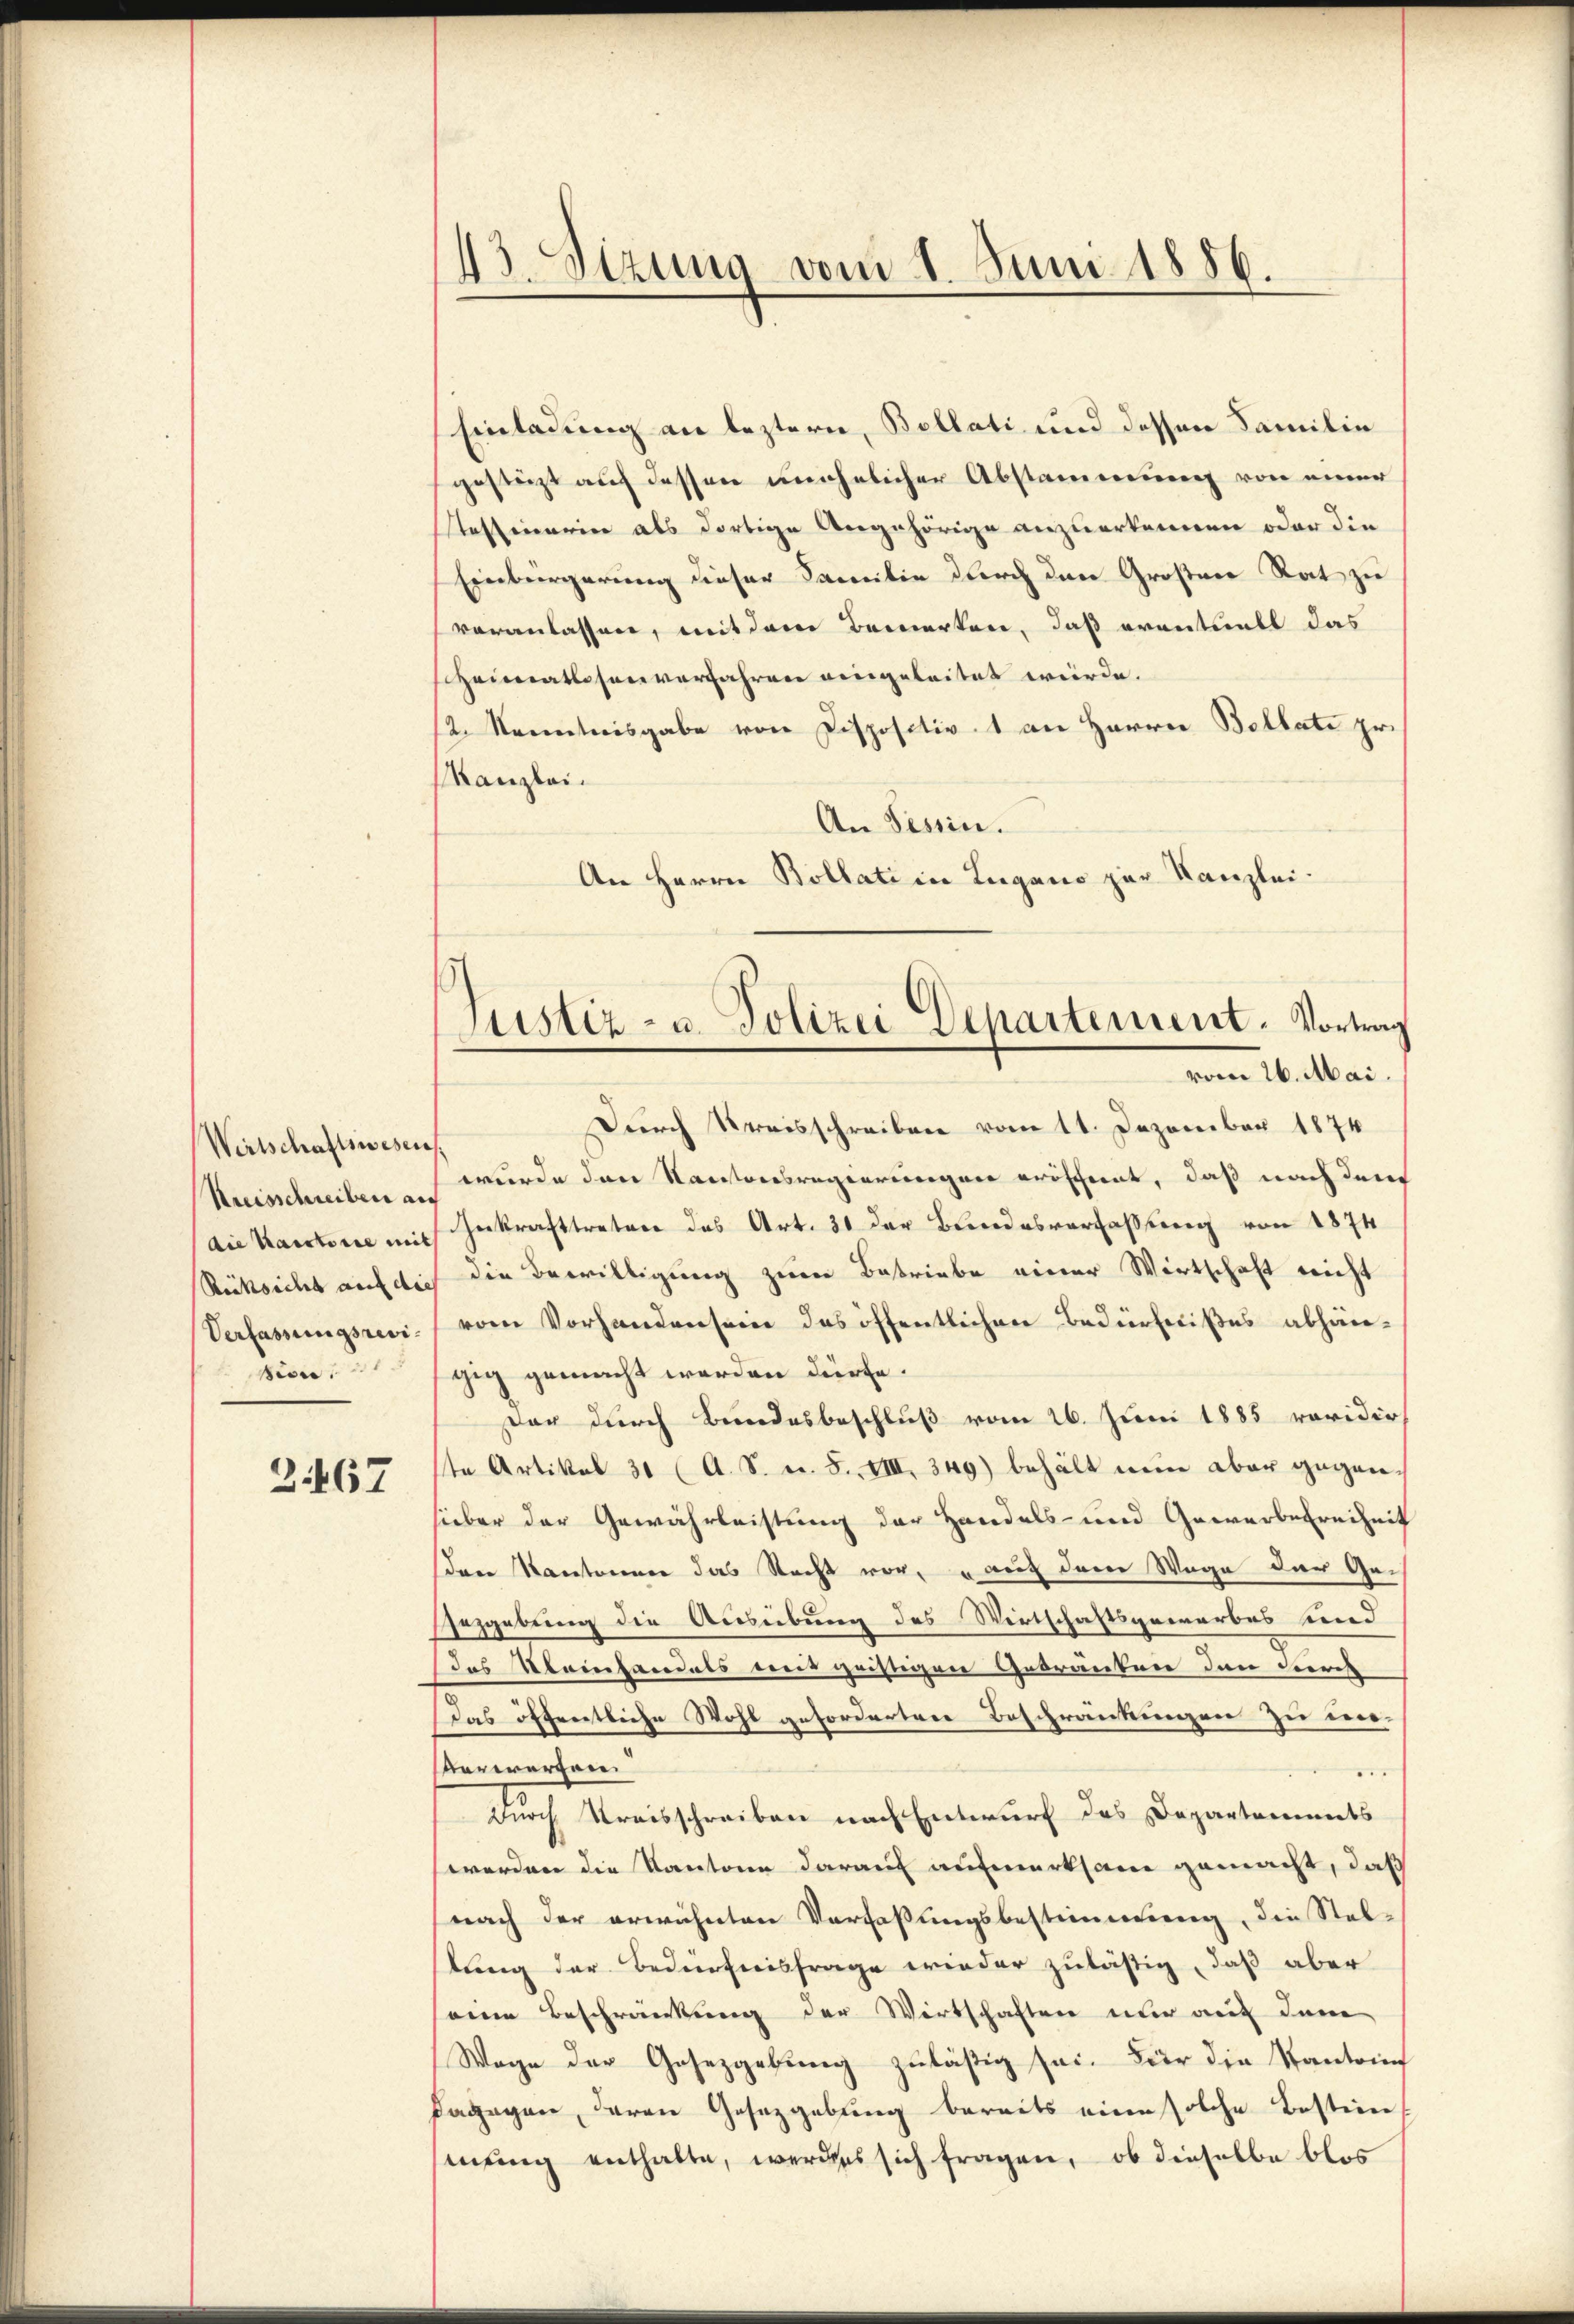
Wertschaftswesen.
Kreisschreiben au
Seon, de

3167

43. Sizung vom 1. Juni 1886.

Einladung an leztern, Bollati und dessen Familie
gestürzt auf dessen unehelicher Abstammung von einer
Steffenerin als dortige Angehörige anzuerkennen oder die
Einbergerung dieser Samilie durch den Großen Rat zu
veranlassen, mit dem Bemerken, daß eventuell das
scheimatlosen verfahren eingeleitet würde.
12. Kenntnisgabe von Dispositiv 1 an Herrn Bollate pr.
Kanzlei.
An Tessin.
An Herrn Bollati in Lugano zur Kanzlei-

Justiz- u. Polizei Departement. Vortrag
vom 26. Mai.

Durch Kreisschreiben vom 11. Dezember 1874
wurde den Kantonsregierungen eröffernt, daß nach den
die Kantone mit Zerkrafttreten des Art. 31 der Bundesverfaßung von 1874
Rücksicht auf dich die Bewilligung zum Bestriebe einer Wirtschaft nicht
Verfassungsrevi vom Vorhandensein des öffentlichen Bedürfnißes abhängig gemacht werden dürfe.
dar durch Bundesbeschluß vom 26. Juni 1885 voridir
ste Artikel 31 (A. S. n. F. VIII 349) behält nein aber gegensieber der Gewährleistung der Handels- und Gewerbefreiheit
den Kantonner das Nacht vor, auch dem Wege der Ge-
Gezgebung die Ausübung des Wirtschaftsgewerbes und
das Kleinhandels wir geistigen Gebränken den durch
Das öffentliche Wohl gefordertere Beschränkungen zu er-
Verwerfere

durch Streisschreiben nach Entwurf des Departements
worden die Kantone darauf aufmerksam gemacht, daß
nach der erwähnten Verfaßungsbestimmung, die Stel-
lung der Bedürfnisfrage wieder zulässig, daß aber
seine Beschränkung der Wirtschaften nur auf dem
Wage der Gesetzgebung zuläßig sei. Für die Kantons
Dagegen, deren Gesetzgebung bereits eine solche Bestimmung enthalte, werdens sich fragen, ob dieselbe blos